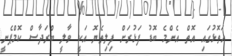
އަތޮޅުގައި އޮތް އެންމެ ބޮޑު ފަޅުރަށް ފިލިތެޔޮ އަކީ ވާލީ ބްރަދާސް ކޮމްޕެނީ